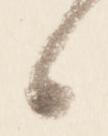
候